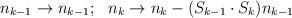
LaTeX: \begin{align*}\begin{array}{cc} n_{k-1} \rightarrow n_{k-1}; & n_k \rightarrow n_k - (S_{k-1} \cdot S_k) n_{k-1} \end{array}\end{align*}